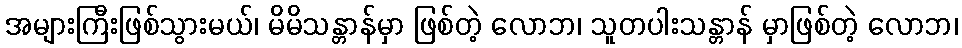
အများကြီးဖြစ်သွားမယ်၊ မိမိသန္တာန်မှာ ဖြစ်တဲ့ လောဘ၊ သူတပါးသန္တာန် မှာဖြစ်တဲ့ လောဘ၊